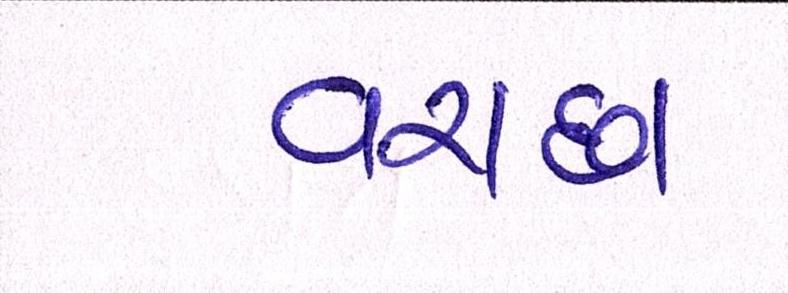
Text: વરાછા